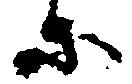
等